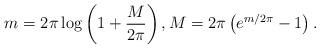
LaTeX: \begin{align*} m = 2 \pi \log\left( 1+ \frac{M}{2 \pi} \right), M = 2 \pi \left( e^{m/2\pi} - 1\right).\end{align*}